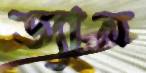
ড্যান